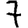
Digit: 7